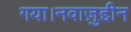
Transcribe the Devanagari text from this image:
गया।नवाज़ुद्दीन